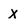
Character: x